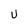
Character: U